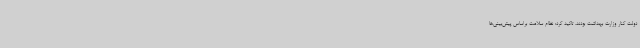
دولت کنار وزارت بهداشت بودند، تاکید کرد: نظام سلامت براساس پیش‌بینی‌ها